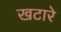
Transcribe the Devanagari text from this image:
खटारे